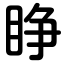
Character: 睁